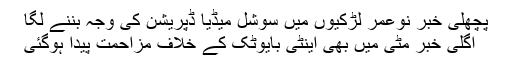
پچھلی خبر نوعمر لڑکیوں میں سوشل میڈیا ڈپریشن کی وجہ بننے لگا
اگلی خبر مٹی میں بھی اینٹی بایوٹک کے خلاف مزاحمت پیدا ہوگئی